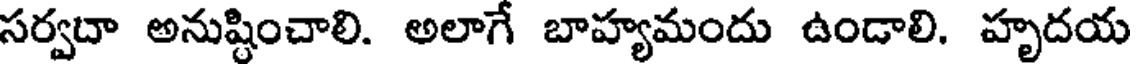
సర్వదా అనుష్టించాలి. అలాగే బాహ్యమందు ఉండాలి. హృదయ